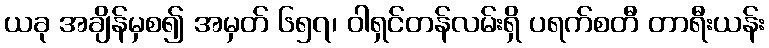
ယခု အချိန်မှစ၍ အမှတ် ၆၅၇၊ ဝါရှင်တန်လမ်းရှိ ပရက်စတီ တာရီးယန်း